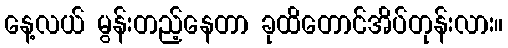
နေ့လယ် မွန်းတည့်နေတာ ခုထိတောင်အိပ်တုန်းလား။